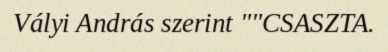
Vályi András szerint ""CSASZTA.